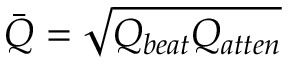
\bar { Q } = \sqrt { Q _ { b e a t } Q _ { a t t e n } }